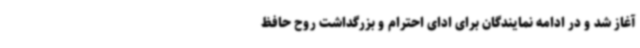
آغاز شد و در ادامه نمایندگان برای ادای احترام و بزرگداشت روح حافظ